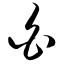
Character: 白